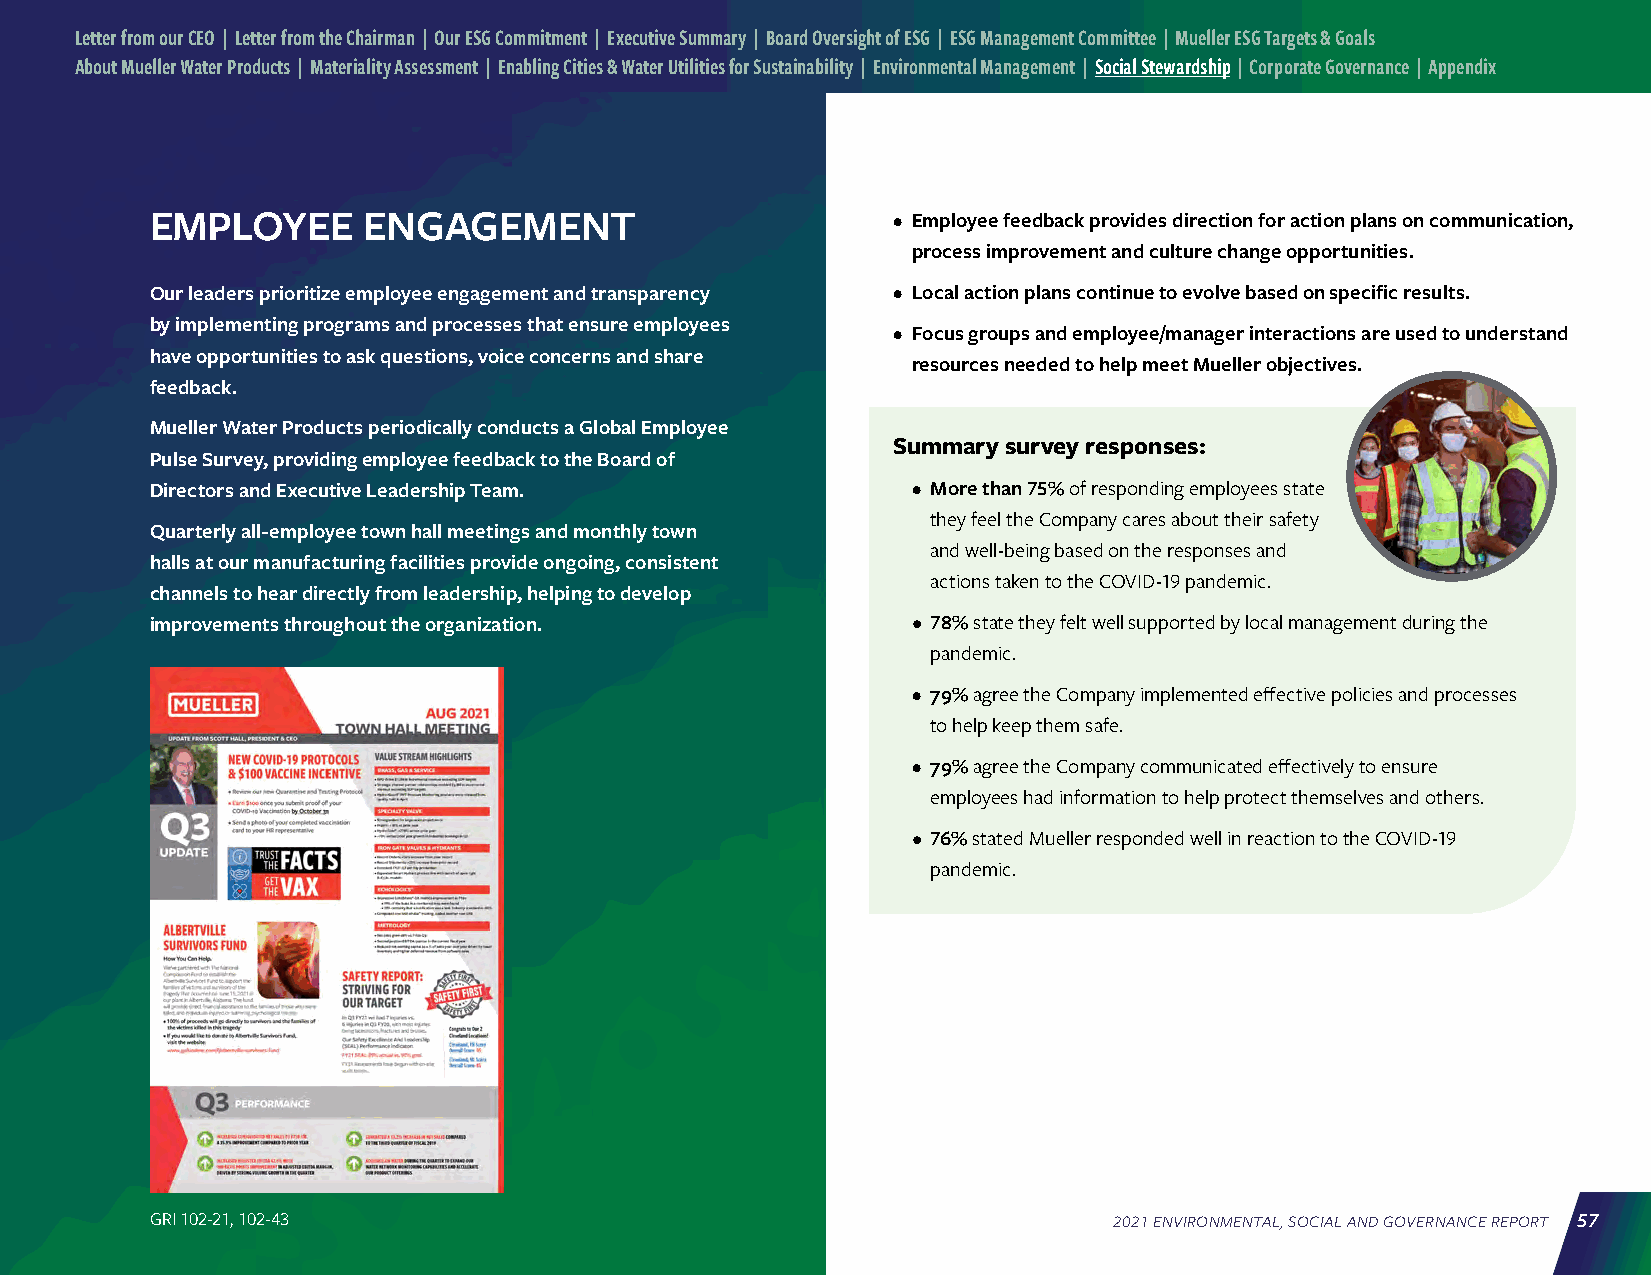
Letter from our CEO | Letter from the Chairman | Our ESG Commitment | Executive Summary | Board Oversight of ESG | ESG Management Committee | Mueller ESG Targets & Goals
 About Mueller Water Products | Materiality Assessment | Enabling Cities & Water Utilities for Sustainability | Environmental Management | Social Stewardship | Corporate Governance | Appendix
 EMPLOYEE      ENGAGEMENT                         • Employee feedback provides direction for action plans on communication,
 process improvement and culture change opportunities.
 Our leaders prioritize employee engagement and transparency • Local action plans continue to evolve based on specific results.
 by implementing programs and processes that ensure employees
 • Focus groups and employee/manager interactions are used to understand
 have opportunities to ask questions, voice concerns and share
 resources needed to help meet Mueller objectives.
 feedback.
 Mueller Water Products periodically conducts a Global Employee
 Summary survey responses:
 Pulse Survey, providing employee feedback to the Board of
 Directors and Executive Leadership Team.          • More than 75% of responding employees state
 they feel the Company cares about their safety
 Quarterly all-employee town hall meetings and monthly town
 and well-being based on the responses and
 halls at our manufacturing facilities provide ongoing, consistent
 actions taken to the COVID-19 pandemic.
 channels to hear directly from leadership, helping to develop
 improvements throughout the organization.         • 78% state they felt well supported by local management during the
 pandemic.
 • 79% agree the Company implemented effective policies and processes
 to help keep them safe.
 • 79% agree the Company communicated effectively to ensure
 employees had information to help protect themselves and others.
 • 76% stated Mueller responded well in reaction to the COVID-19
 pandemic.
 GRI 102-21, 102-43                                              2021 ENVIRONMENTAL, SOCIAL AND GOVERNANCE REPORT 57